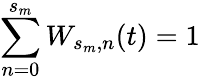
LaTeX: \sum_{n=0}^{s_{m}}W_{s_{m},n}(t)=1